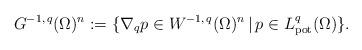
LaTeX: \begin{align*}G^{-1,\,q}(\Omega )^n := \{\nabla _q p\in W^{ -1,\, q}(\Omega )^n \,|\, p\in L^q_{\rm pot}(\Omega ) \}.\end{align*}